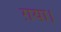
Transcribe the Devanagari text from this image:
ग़या।